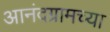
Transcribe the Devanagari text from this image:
आनंदग्रामच्या